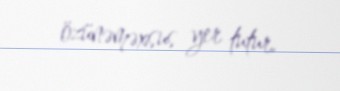
özünəməxsus yer tutur.